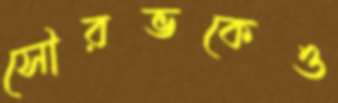
সৌরভকেও